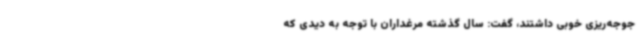
جوجه‌ریزی خوبی داشتند، گفت: سال گذشته مرغداران با توجه به دیدی که